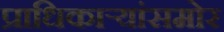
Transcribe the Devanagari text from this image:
प्राधिकाऱ्यांसमोर